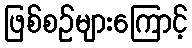
ဖြစ်စဉ်များကြောင့်